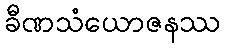
ခီဏသံယောဇနဿ